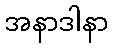
အနာဒါနာ